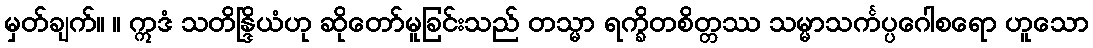
မှတ်ချက်။ ။ ဣဒံ သတိန္ဒြိယံဟု ဆိုတော်မူခြင်းသည် တသ္မာ ရက္ခိတစိတ္တဿ သမ္မာသင်္ကပ္ပဂေါစရော ဟူသော